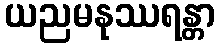
ယညမနုဿရန္တာ